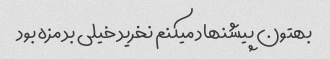
بهتون پیشنهاد میکنم نخرید خیلی بد مزه بود